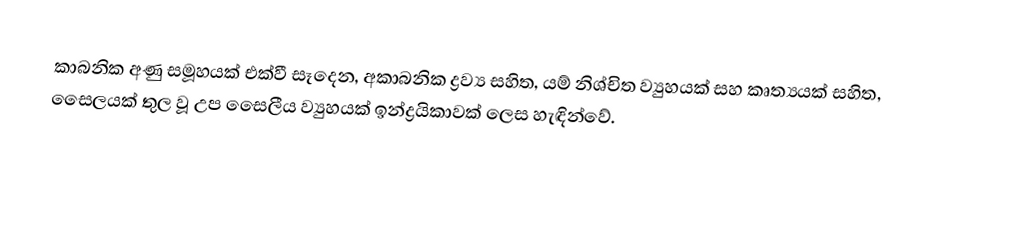
කාබනික අණු සමූහයක් එක්වී සෑදෙන, අකාබනික ද්‍රව්‍ය සහිත, යම් නිශ්චිත ව්‍යුහයක් සහ කෘත්‍යයක් සහිත, සෛලයක් තුල වූ උප සෙෙලීය ව්‍යුහයක් ඉන්ද්‍රයිකාවක් ලෙස හැඳින්වේ.